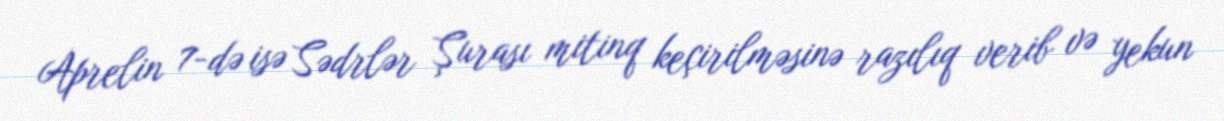
Aprelin 7-də isə Sədrlər Şurası mitinq keçirilməsinə razılıq verib və yekun